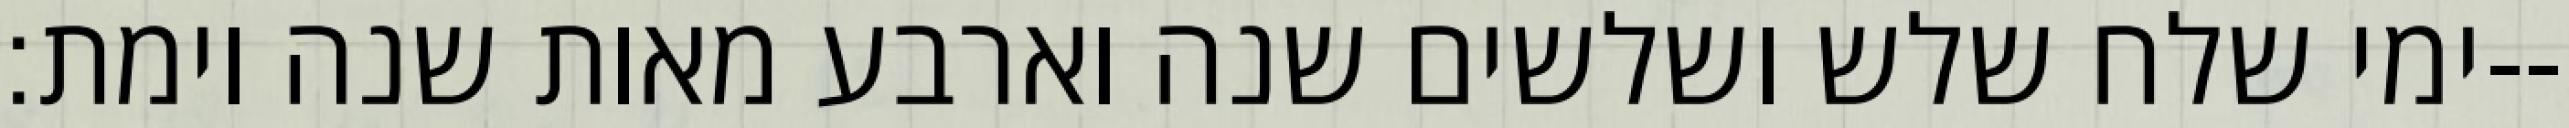
ימי שלח שלש ושלשים שנה וארבע מאות שנה וימת׃--